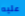
عليه